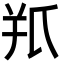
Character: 𦍖